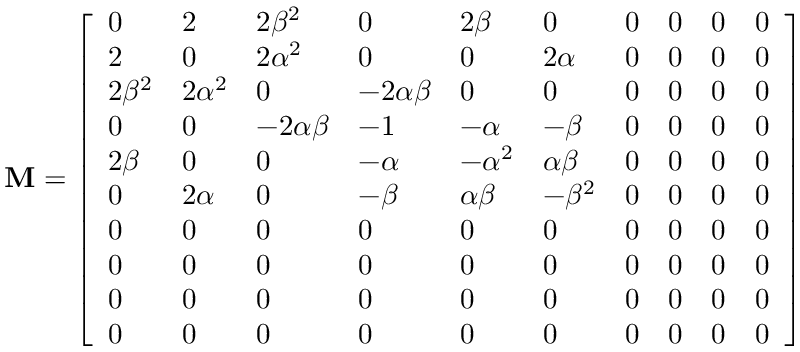
\mathbf { M } = \left[ \begin{array} { l l l l l l l l l l } { 0 } & { 2 } & { 2 \beta ^ { 2 } } & { 0 } & { 2 \beta } & { 0 } & { 0 } & { 0 } & { 0 } & { 0 } \\ { 2 } & { 0 } & { 2 \alpha ^ { 2 } } & { 0 } & { 0 } & { 2 \alpha } & { 0 } & { 0 } & { 0 } & { 0 } \\ { 2 \beta ^ { 2 } } & { 2 \alpha ^ { 2 } } & { 0 } & { - 2 \alpha \beta } & { 0 } & { 0 } & { 0 } & { 0 } & { 0 } & { 0 } \\ { 0 } & { 0 } & { - 2 \alpha \beta } & { - 1 } & { - \alpha } & { - \beta } & { 0 } & { 0 } & { 0 } & { 0 } \\ { 2 \beta } & { 0 } & { 0 } & { - \alpha } & { - \alpha ^ { 2 } } & { \alpha \beta } & { 0 } & { 0 } & { 0 } & { 0 } \\ { 0 } & { 2 \alpha } & { 0 } & { - \beta } & { \alpha \beta } & { - \beta ^ { 2 } } & { 0 } & { 0 } & { 0 } & { 0 } \\ { 0 } & { 0 } & { 0 } & { 0 } & { 0 } & { 0 } & { 0 } & { 0 } & { 0 } & { 0 } \\ { 0 } & { 0 } & { 0 } & { 0 } & { 0 } & { 0 } & { 0 } & { 0 } & { 0 } & { 0 } \\ { 0 } & { 0 } & { 0 } & { 0 } & { 0 } & { 0 } & { 0 } & { 0 } & { 0 } & { 0 } \\ { 0 } & { 0 } & { 0 } & { 0 } & { 0 } & { 0 } & { 0 } & { 0 } & { 0 } & { 0 } \end{array} \right]